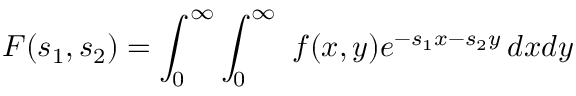
F ( s _ { 1 } , s _ { 2 } ) = \int _ { 0 } ^ { \infty } \int _ { 0 } ^ { \infty } \ f ( x , y ) e ^ { - s _ { 1 } x - s _ { 2 } y } \, d x d y